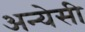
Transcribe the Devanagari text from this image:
अन्येसी